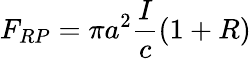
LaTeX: F_{RP}=\pi a^{2}\frac{I}{c}(1+R)